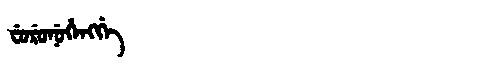
Manchu: ᠸᡠᡵᡠᠨᡠᡥᡝᠩᡤᡝ
Romanization: FURUNUHENGGE